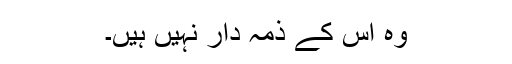
وہ اس کے ذمہ دار نہیں ہیں۔